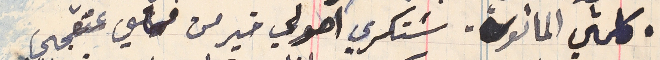
كلمتي الماثورة، سنكرى اصولي خير من محامي عتقجي